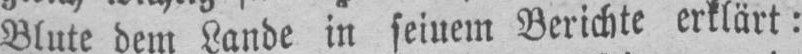
Blute dem Lande in seinem Berichte erklärt: